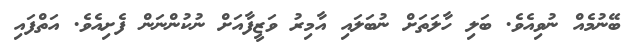
ބޭނުމެއް ނުވިއެވެ. ބަލި ހާލަތަށް ނުބަލައި އާމިރު ވަޒީފާއަށް ނުކުންނަން ފެށިއެވެ. އަތްފައި